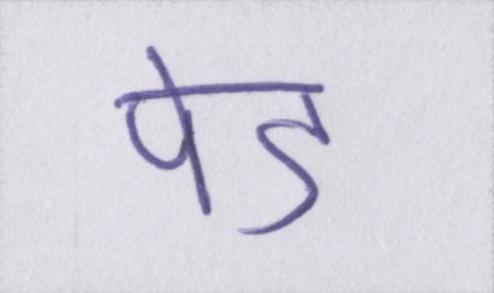
पेड